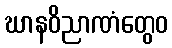
ဃာနဝိညာဏံတွေဝ